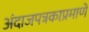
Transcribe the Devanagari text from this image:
अंदाजपत्रकाप्रमाणे